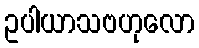
ဥပါယာသဗဟုလော